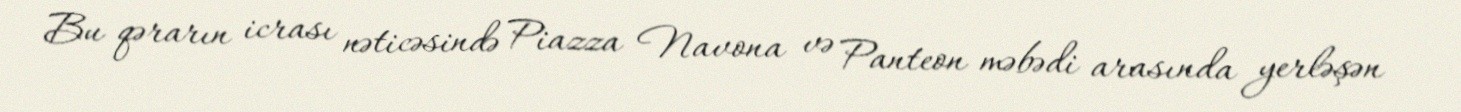
Bu qərarın icrası nəticəsində Piazza Navona və Panteon məbədi arasında yerləşən